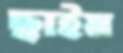
ছাইম